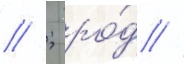
// ; ро́д //